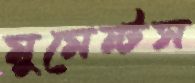
মুমেন্টস